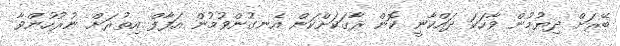
ބޭރަށް ދިޔުމުން ވާހަކަ ދައްކާނީ ކޮން ރާގަކަށްކަން އެނގުންވުމުން އަފާފް އިތުރަށް ނުރުހުންވާ